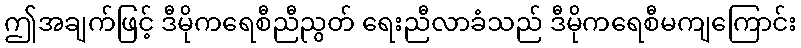
ဤအချက်ဖြင့် ဒီမိုကရေစီညီညွတ် ရေးညီလာခံသည် ဒီမိုကရေစီမကျကြောင်း